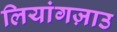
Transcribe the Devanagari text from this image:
लियांगज़ाउ